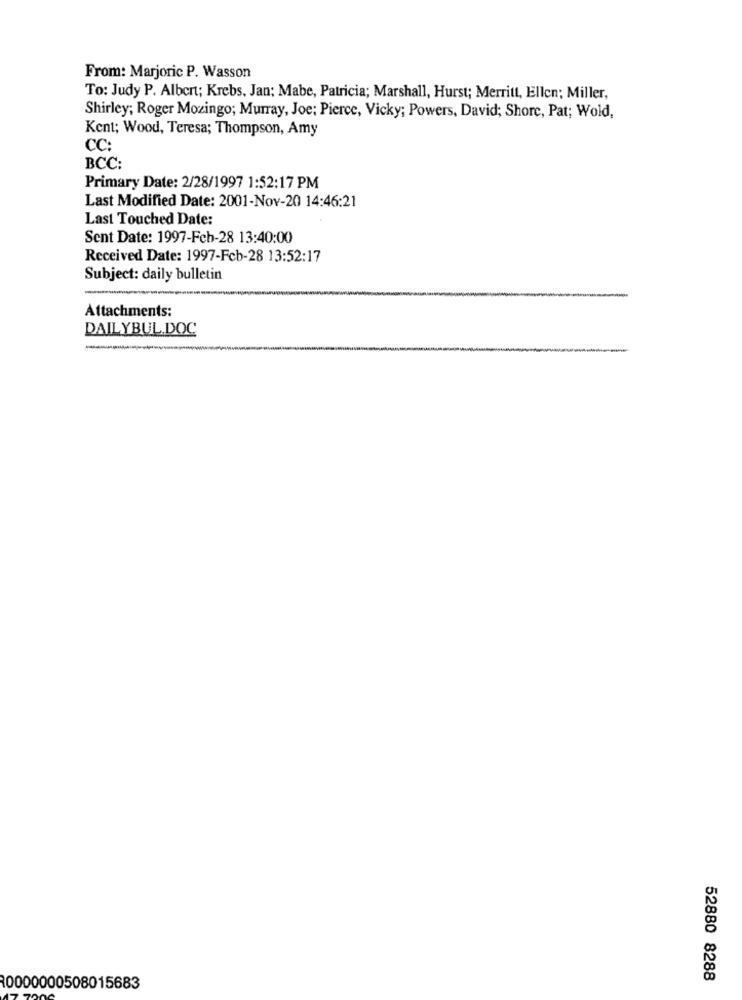
From: Marjoric P. Wasson
To: Judy P. Albert; Krebs, Jan; Mabe, Patricia; Marshall, Hurst; Merritt, Ellen; Miller,
Shirley; Roger Mozingo; Murray, Joe; Pierce, Vicky; Powers, David; Shore, Pat; Wold,
Kent; Wood, Teresa; Thompson, Amy
CC:
BCC:
Primary Date: 2/28/1997 1:52:17 PM
Last Modified Date: 2001-Nov-20 14:46:21
Last Touched Date:
Sent Date: 1997-Feb-28 13:40:00
Received Date: 1997-Fcb-28 13:52:17
Subject: daily bulletin
Attachments:
DAILYBUL.DOC
52880 8288
10000000508015683